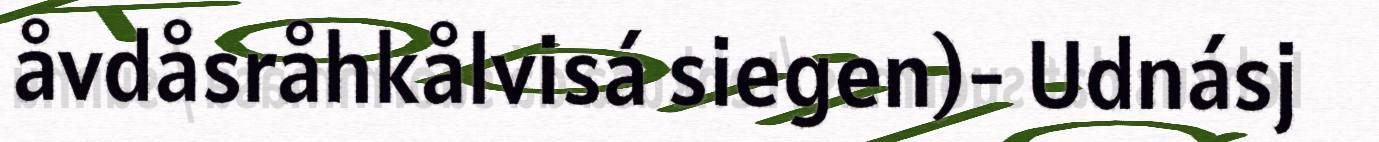
åvdåsråhkålvisá siegen)- Udnásj